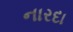
નારદા